Annual report of the Punjab Veterinary College and of the Civil Veterinary Department, Punjab - 1926-1932
Year: 1926
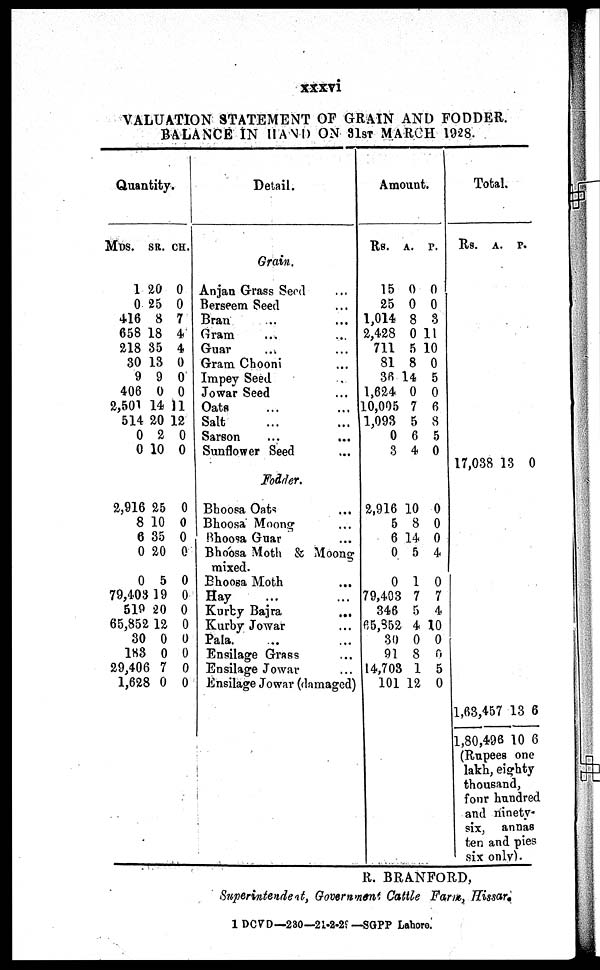
xxxvi
VALUATION STATEMENT OF GRAIN AND FODDER.
BALANCE IN HAND ON 31ST MARCH 1928.
Quantity.
MDS. SR. CH.
1
0
416
658
218
30
9
406
2,501
514
0
0
20
25
8
18
35
13
9
0
14
20
2
10
0
0
7
4
4
0
0
0
]1
12
0
0
2,916
8
6
0
0
79,403
519
65,852
30
183
29,406
1,628
25
10
35
20
5
19
20
12
0
0
7
0
0
0
0
0
0
0
0
0
0
0
0
0
Detail.
Grain.
Anjan Grass Seed ...
Berseem Seed ...
Bran ... ...
Gram ... ...
Guar ... ...
Gram Chooni ...
Impey Seed ...
Jowar Seed ...
Oats ... ...
Salt ... ...
Sarson ... ...
Sunflower Seed ...
Fodder.
Bhoosa Oats ...
Bhoosa Moong ...
Bhoosa Guar ...
Bhoosa Moth & Moong
mixed.
Bhoosa Moth ...
Hay ... ...
Kurby Bajra ...
Kurby Jowar ...
Pala. ... ...
Ensilage Grass ...
Ensilage Jowar ...
Ensilage Jowar (damaged)
Amount.
Rs. A. P.
15
25
1,014
2,428
711
81
36
1,624
10,005
1,093
0
3
0
0
8
0
5
8
14
0
7
5
6
4
0
0
3
11
10
0
5
0
6
8
5
0
2,916
5
6
0
0
79,403
346
65,852
30
91
14,703
101
10
8
14
5
1
7
5
4
0
8
1
12
0
0
0
4
0
7
4
10
0
6
5
0
Total.
Rs. A. P.
17,038 13 0
1,63,457
1,80,496
13
10
6
6
(Rupees one
lakh, eighty
thousand
four hundred
and ninety¬
six,
annas
ten and pies
six only.
R. BRANFORD,
Superintendeat, Government Cattle Farm, Hissar.
1 DCVD—230—21-2-29 —SGPP Lahore.